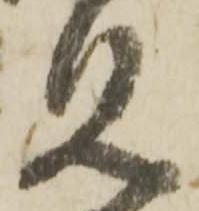
見